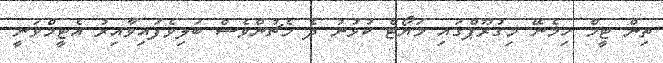
ތިން ޓީމް ހިމެނޭ މިގުރޫޕްގައި މަޔޯޓް ކުޅުނު ދެ މެޗުންވެސް ބަލިވެފައިވާއިރު އެޓީމްވަނީ